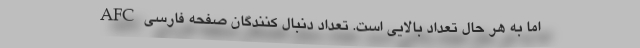
اما به هر حال تعداد بالایی است. تعداد دنبال کنندگان صفحه فارسی AFC